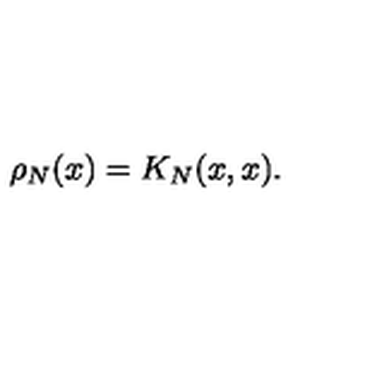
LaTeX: \rho _ { N } ( x ) = K _ { N } ( x , x ) .